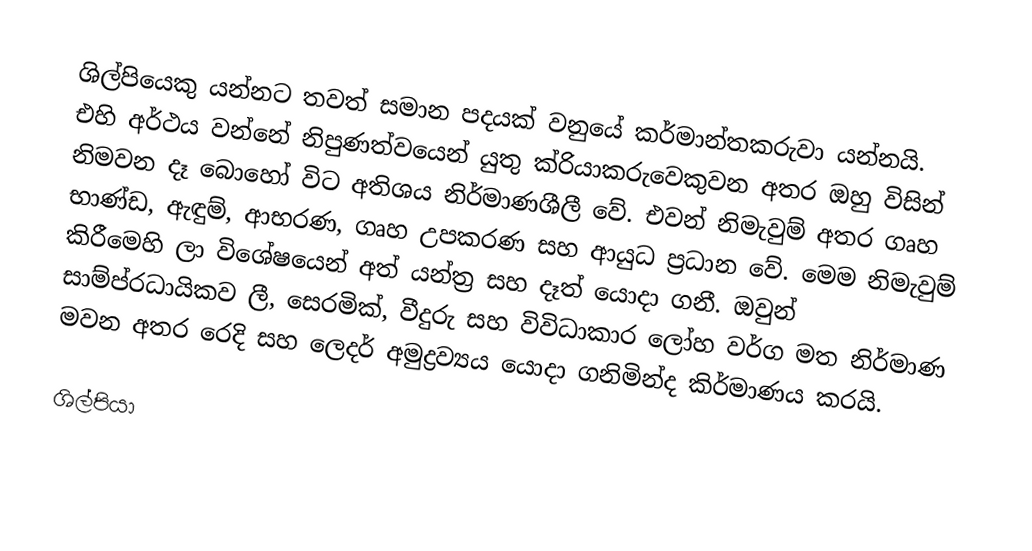
ශිල්පියෙකු යන්නට තවත් සමාන පදයක් වනුයේ කර්මාන්තකරුවා යන්නයි. එහි අර්ථය වන්නේ නිපුණත්වයෙන් යුතු ක්රියාකරුවෙකුවන අතර ඔහු විසින් නිමවන දෑ බොහෝ විට අතිශය නිර්මාණශීලී වේ. එවන් නිමැවුම් අතර ගෘහ භාණ්ඩ, ඇඳුම්, ආභරණ, ගෘහ උපකරණ සහ ආයුධ ප්‍රධාන වේ. මෙම නිමැවුම් කිරීමෙහි ලා විශේෂයෙන් අත් යන්ත්‍ර සහ දෑත් යොදා ගනී. ඔවුන් සාම්ප්රධායිකව ලී, සෙරමික්, වීදුරු සහ විවිධාකාර ලෝහ වර්ග මත නිර්මාණ මවන අතර රෙදි සහ ලෙදර් අමුද්‍රව්‍යය යොදා ගනිමින්ද කිර්මාණය කරයි.

ශිල්පියා